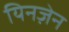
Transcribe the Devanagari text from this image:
यिनज़ेन